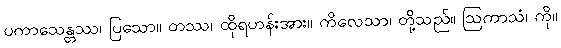
ပကာသေန္တဿ၊ ပြသော။ တဿ၊ ထိုရဟန်းအား။ ကိလေသာ၊ တို့သည်။ ဩကာသံ၊ ကို။